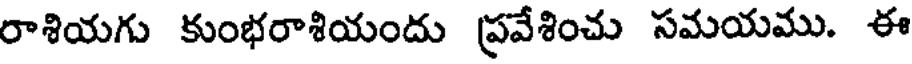
రాశియగు కుంభరాశియందు ప్రవేశించు సమయము. ఈ